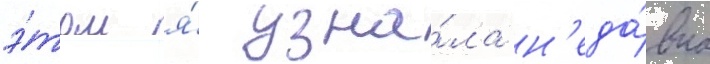
э́том я́ узна́ла н'еда́вно